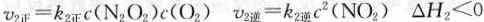
$$v _ { 2 正 } = k _ { 2 正 } c ( N _ { 2 } O _ { 2 } ) c ( O _ { 2 } )$$ $$v _ { 逆 } = k _ { 2 逆 } c ^ { 2 } ( N O _ { 2 } )$$ $$△ H _ { 2 } < 0$$